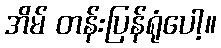
အိမ် တန်းပြန်ရုံပေါ့။